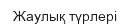
Жаулық түрлері